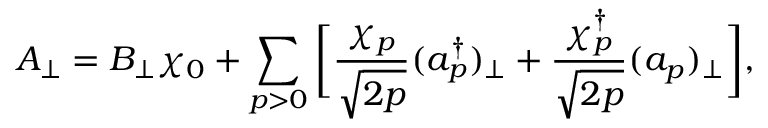
A _ { \perp } = B _ { \perp } \chi _ { 0 } + \sum _ { p > 0 } \bigg [ \frac { \chi _ { p } } { \sqrt { 2 p } } ( a _ { p } ^ { \dagger } ) _ { \perp } + \frac { \chi _ { p } ^ { \dagger } } { \sqrt { 2 p } } ( a _ { p } ) _ { \perp } \bigg ] ,